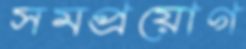
সমপ্রয়োগ